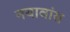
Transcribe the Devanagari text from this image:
नयाबांस